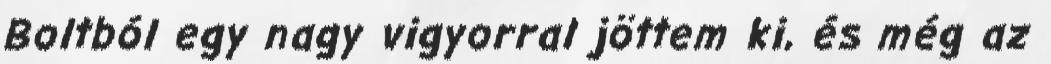
Boltból egy nagy vigyorral jöttem ki, és még az